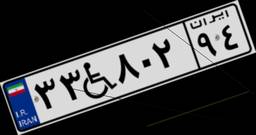
۰۸W۳۵۳۹۲